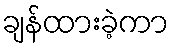
ချန်ထားခဲ့ကာ